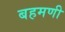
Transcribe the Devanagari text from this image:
बहमणी